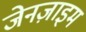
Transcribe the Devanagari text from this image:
जेनज़ाइम